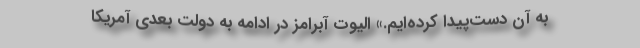
به آن دست‌پیدا کرده‌ایم.» الیوت آبرامز در ادامه به دولت بعدی آمریکا